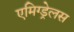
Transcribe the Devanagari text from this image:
एमिग्ड्रेलस